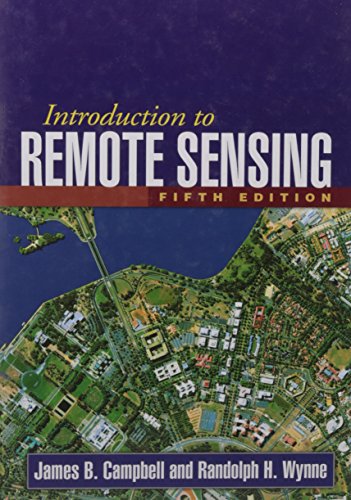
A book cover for Introduction to Remote Sensing, Fifth Edition; James B. Campbell; Engineering & Transportation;